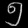
Digit: ၅